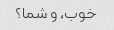
خوب، و شما؟